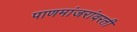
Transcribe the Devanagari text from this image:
पाणमांजरांवरती